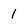
Character: 1